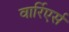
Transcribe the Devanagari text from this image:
वार्रिएर्स